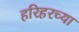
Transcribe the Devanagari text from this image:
हरिहरच्या